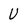
Character: u